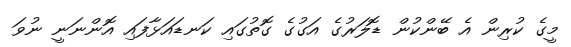
މީގެ ކުރިން އެ ބޭންކުން ޑޮލަރުގެ އަގުގެ ގޮތުގައި ކަނޑައަޅާފައި އޮންނަނީ ނުވަ